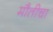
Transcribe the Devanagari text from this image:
मौतीचा